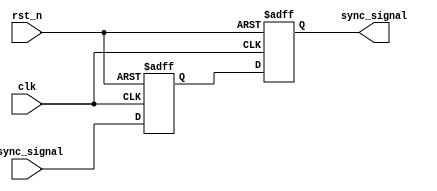
module meta_stability_filter (
    input wire clk,          // Clock signal
    input wire async_signal, // Asynchronous input signal
    input wire rst_n,       // Active low reset signal
    output reg sync_signal   // Synchronized output signal
);

    // Internal register for the first flip-flop
    reg ff1;

    // Asynchronous reset logic
    always @(posedge clk or negedge rst_n) begin
        if (!rst_n) begin
            ff1 <= 1'b0; // Initialize ff1 to 0 on reset
            sync_signal <= 1'b0; // Initialize sync_signal to 0 on reset
        end else begin
            ff1 <= async_signal; // Sample the asynchronous signal in ff1
            sync_signal <= ff1;   // Sample ff1 output in sync_signal
        end
    end

endmodule